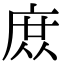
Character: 庻